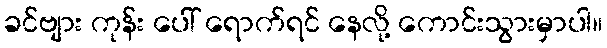
ခင်ဗျား ကုန်း ပေါ် ရောက်ရင် နေလို့ ကောင်းသွားမှာပါ။